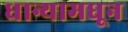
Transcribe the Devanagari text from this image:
धान्यामधून